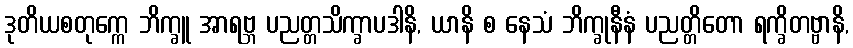
ဒုတိယစတုက္ကေ ဘိက္ခူ အာရဗ္ဘ ပညတ္တသိက္ခာပဒါနိ, ယာနိ စ နေသံ ဘိက္ခုနီနံ ပညတ္တိတော ရက္ခိတဗ္ဗာနိ,